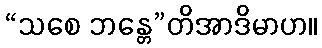
“သစေ ဘန္တေ”တိအာဒိမာဟ။